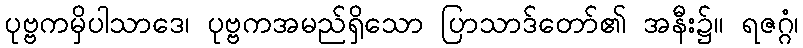
ပုဗ္ဗကမှိပါသာဒေ၊ ပုဗ္ဗကအမည်ရှိသော ပြာသာဒ်တော်၏ အနီး၌။ ရဇဂ္ဂံ၊